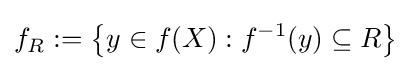
f_{R}:=\left\{y\in f(X):f^{-1}(y)\subseteq R\right\}